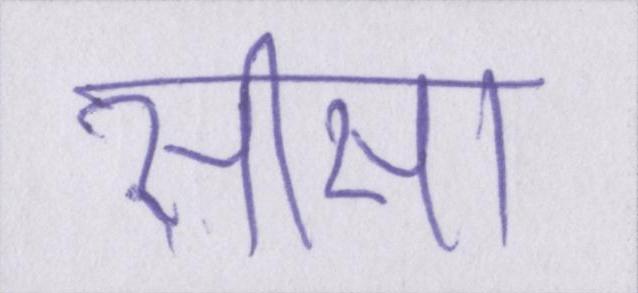
सीसा